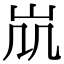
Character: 𡵷